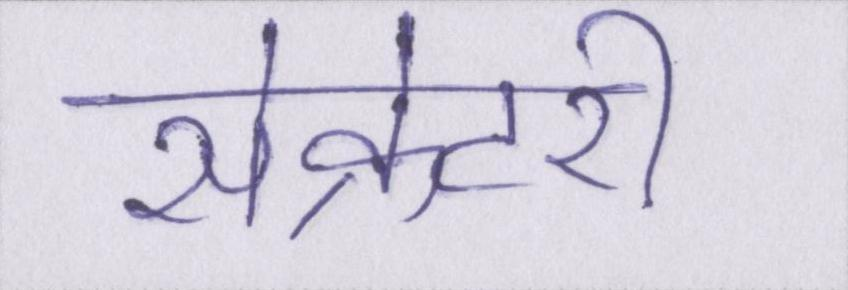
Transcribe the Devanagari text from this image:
सेक्रेटरी